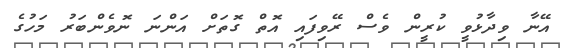
އޭނާ ވިދާޅުވީ ކުރީން ވެސް ރޭވިފައި އޮތް ގޮތަށް އަންނަ ނޮވެންބަރު މަހުގެ